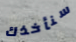
سنأخذك